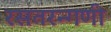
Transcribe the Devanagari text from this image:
रसतरन्गणी